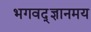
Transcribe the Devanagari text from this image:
भगवद्ज्ञानमय